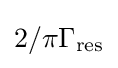
2/\pi \Gamma _{\mathrm {res} }